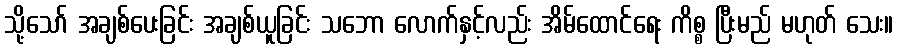
သို့သော် အချစ်ပေးခြင်း အချစ်ယူခြင်း သဘော လောက်နှင့်လည်း အိမ်ထောင်ရေး ကိစ္စ ပြီးမည် မဟုတ် သေး။